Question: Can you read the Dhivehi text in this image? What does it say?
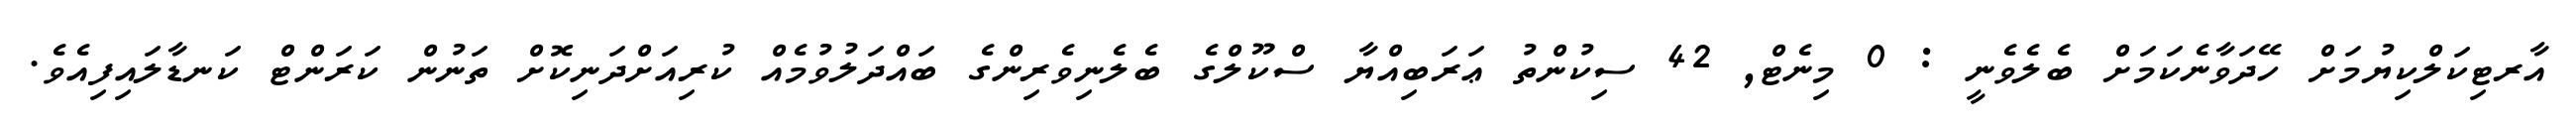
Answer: އާރޓިކަލްކިޔުމަށް ހޭދަވާނެކަމަށް ބެލެވެނީ : 0 މިނެޓް, 42 ސިކުންތު ޢަރަބިއްޔާ ސްކޫލްގެ ބެލެނިވެރިންގެ ބައްދަލުވުމެއް ކުރިއަށްދަނިކޮށް ތަނުން ކަރަންޓް ކަނޑާލައިފިއެވެ.